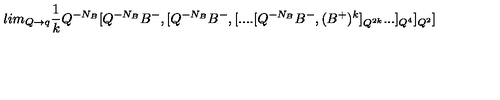
l i m _ { Q \rightarrow q } \frac 1 k Q ^ { - N _ { B } } [ Q ^ { - N _ { B } } B ^ { - } , [ Q ^ { - N _ { B } } B ^ { - } , [ . . . . [ Q ^ { - N _ { B } } B ^ { - } , ( B ^ { + } ) ^ { k } ] _ { Q ^ { 2 k } } . . . ] _ { Q ^ { 4 } } ] _ { Q ^ { 2 } } ]